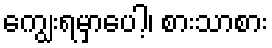
ကျွေးရမှာပေါ့၊ စားသာစား